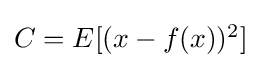
\textstyle C=E[(x-f(x))^{2}]